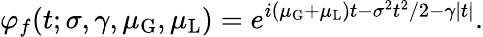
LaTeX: \varphi_{f}(t;\sigma,\gamma,\mu_{\mathrm{G}},\mu_{\mathrm{L}})=e^{i(\mu_{\mathrm{G}}+\mu_{\mathrm{L}})t-\sigma^{2}t^{2}/2-\gamma|t|}.